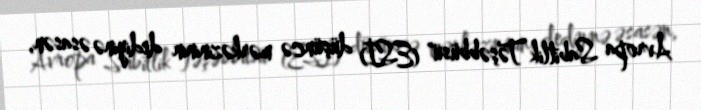
Avropa Sabitlik Təşəbbüsü" (ESİ) düşüncə mərkəzininin dediyinə əsasən,